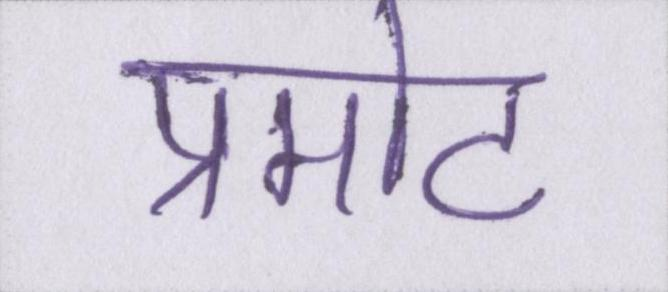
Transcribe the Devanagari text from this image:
प्रमोट